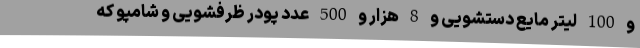
و 100 لیتر مایع دستشویی و 8 هزار و 500 عدد پودر ظرفشویی و شامپو که